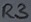
Text: R3